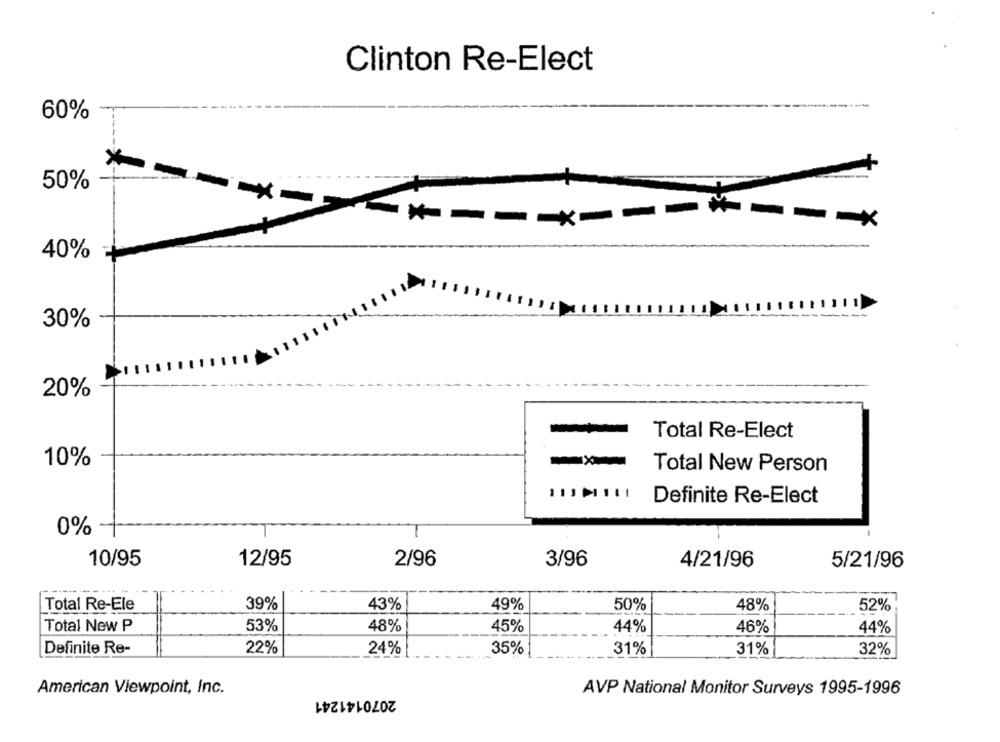
Clinton Re-Elect
60%
*
50%
40%
30%
20%
Total Re-Elect
10%
-
Total New Person
Definite Re-Elect
0%
10/95
12/95
2/96
3/96
4/21/96
5/21/96
Total Re-Ele
39%
43%
49%
50%
48%
52%
Total New P
53%
48%
45%
44%
46%
44%
Definite Re-
22%
24%
35%
31%
31%
32%
American Viewpoint, Inc.
AVP National Monitor Surveys 1995-1996
2070141241